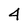
Character: 4